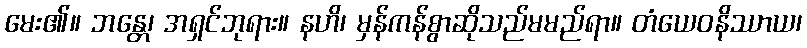
မေး၏။ ဘန္တေ၊ အရှင်ဘုရား။ နဟိ၊ မှန်ကန်စွာဆိုသည်မမည်ရာ။ တံယေဝနိဿာယ၊